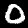
Digit: 0